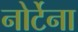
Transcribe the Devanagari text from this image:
नोर्टेना